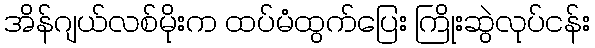
အိန်ဂျယ်လစ်မိုးက ထပ်မံထွက်ပြေး ကြိုးဆွဲလုပ်ငန်း